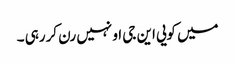
میں کویی این جی او نہیں رن کررہی ۔